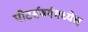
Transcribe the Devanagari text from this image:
पीटर्सबर्गमध्येच